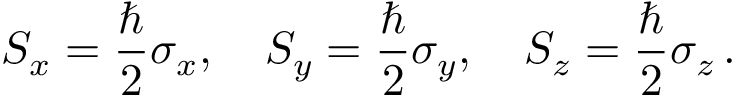
S _ { x } = { \frac { \hbar } { 2 } } \sigma _ { x } , \quad S _ { y } = { \frac { \hbar } { 2 } } \sigma _ { y } , \quad S _ { z } = { \frac { \hbar } { 2 } } \sigma _ { z } \, .